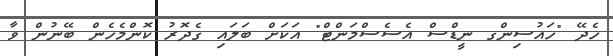
ހެދޭ "ހައުސިންގ ނީޑްސް އެސެސްމަންޓް" އަކަށް ބަލައި ގެދޮރު ކޮންމެހެން ބޭނުން ވާ